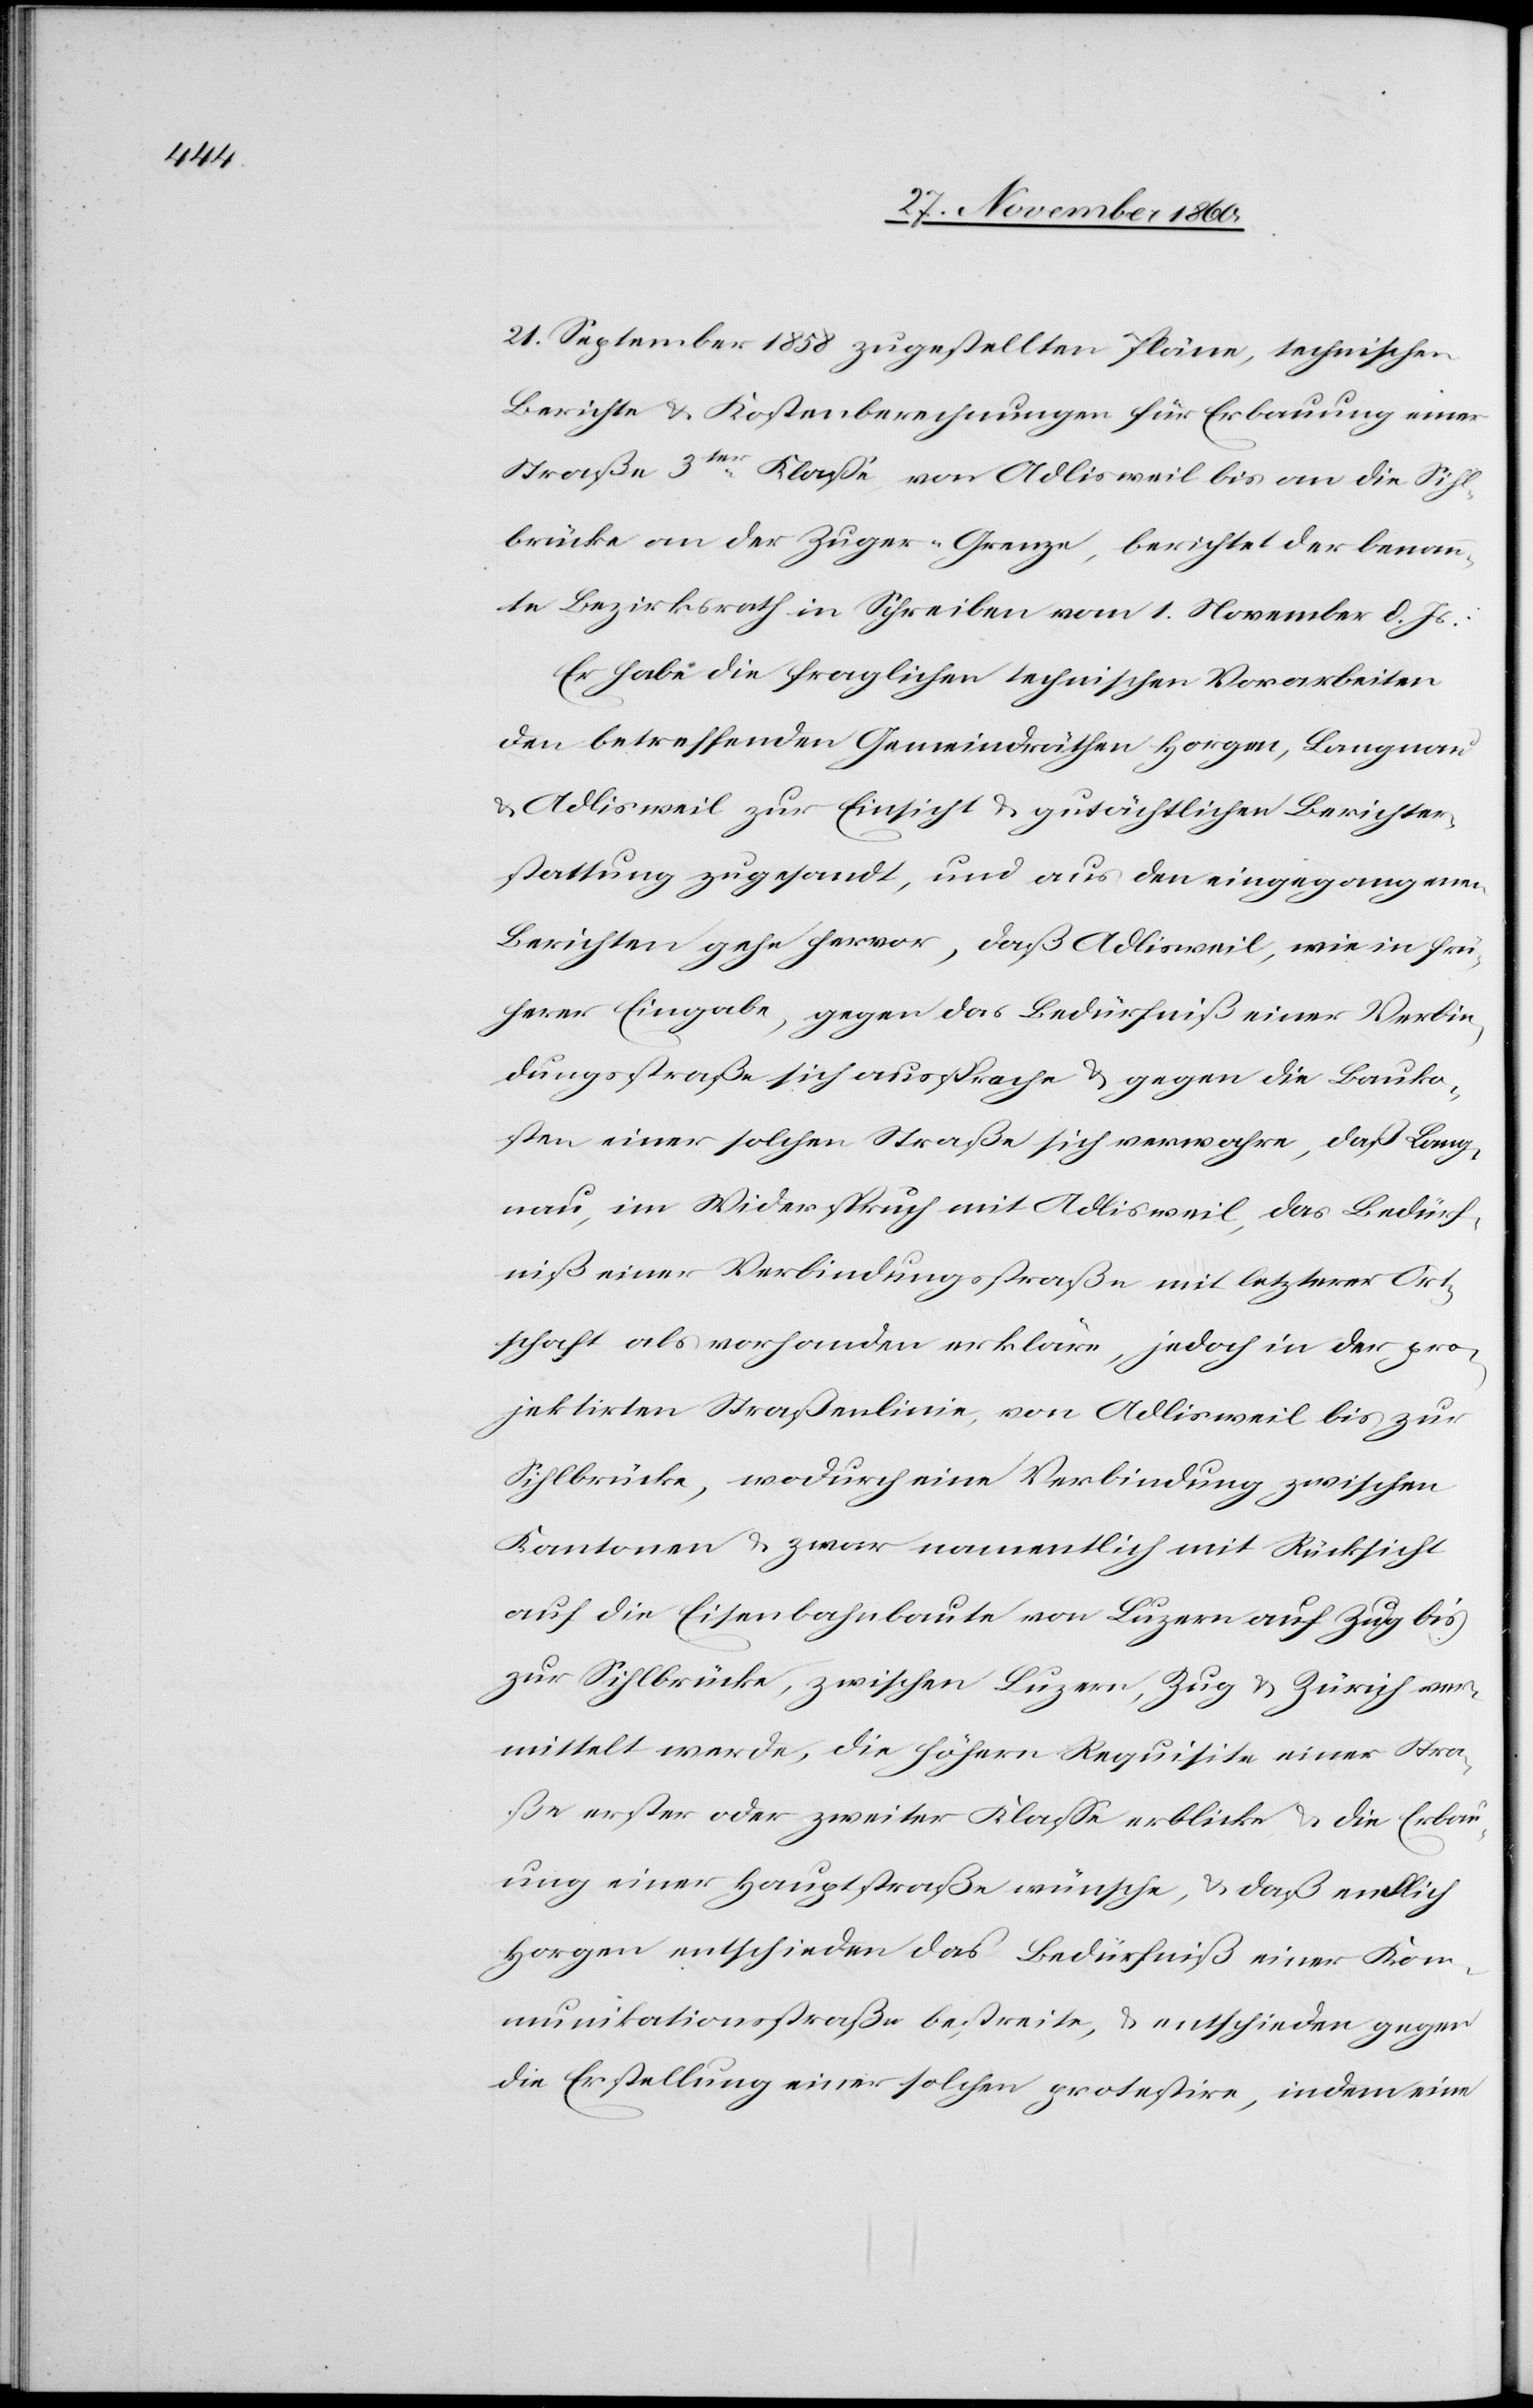
Erbau¬

21. September 1858 zugestellten Pläne, technischen
Berichte u. Kostenberechnungen für Erbauung einer
Straße 3ter Klasse von Adlisweil bis an die Sihl¬
brücke an der Zuger-Grenze, berichtet der benann¬
te Bezirksrath in Schreiben vom 1. November d. Js.:
Er habe die fraglichen technischen Vorarbeiten
den betreffenden Gemeindräthen Horgen, Langnau
u. Adlisweil zur Einsicht u. gutächtlichen Berichter¬
stattung zugesandt, und aus den eingegangenen
Berichten gehe hervor, daß Adlisweil, wie in frü¬
herer Eingabe, gegen das Bedürfniß einer Verbin¬
dungsstraße sich ausspreche u. gegen die Bauko¬
sten einer solchen Straße sich verwahre, daß Lang¬
nau, im Widerspruch mit Adlisweil, das Bedürf¬
niß einer Verbindungsstraße mit letzterer Ort¬
schaft als vorhanden erkläre, jedoch in der pro¬
jektirten Straßenlinie, von Adlisweil bis zur
Sihlbrücke, wodurch eine Verbindung zwischen
Kantonen u. zwar namentlich mit Rücksicht
auf die Eisenbahnlinie von Luzern, Zug u.
mittelst werde, die höhern Requisite einer Straße
ung einer Hauptstraße wünsche, daß endlich
Horgen entschieden das Bedürfniß einer Kom¬
munikationsstraße bestreite, u. entschieden gegen
die Erstellung einer solchen protestire, indem eine